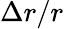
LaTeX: \Delta r/r